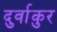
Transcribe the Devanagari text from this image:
दुर्वाकुर